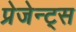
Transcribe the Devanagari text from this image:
प्रेजेन्ट्स